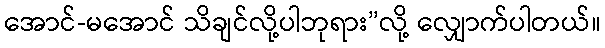
အောင်-မအောင် သိချင်လို့ပါဘုရား”လို့ လျှောက်ပါတယ်။